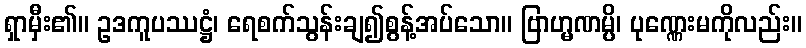
ရှာမှီး၏။ ဥဒကူပဿဋ္ဌံ၊ ရေစက်သွန်းချ၍စွန့်အပ်သော။ ဗြာဟ္မဏမ္ပိ၊ ပုဏ္ဏေးမကိုလည်း။